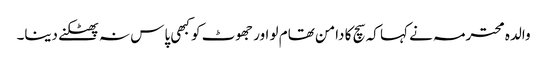
والدہ محترمہ نے کہا کہ سچ کا دامن تھام لو اور جھوٹ کو کبھی پاس نہ پھٹکنے دینا۔